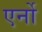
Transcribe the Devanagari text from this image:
एर्नो